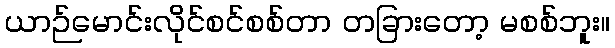
ယာဉ်မောင်းလိုင်စင်စစ်တာ တခြားတော့ မစစ်ဘူး။